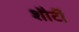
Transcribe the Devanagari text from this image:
शौर्टी